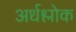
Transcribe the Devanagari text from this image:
अर्धश्लोक